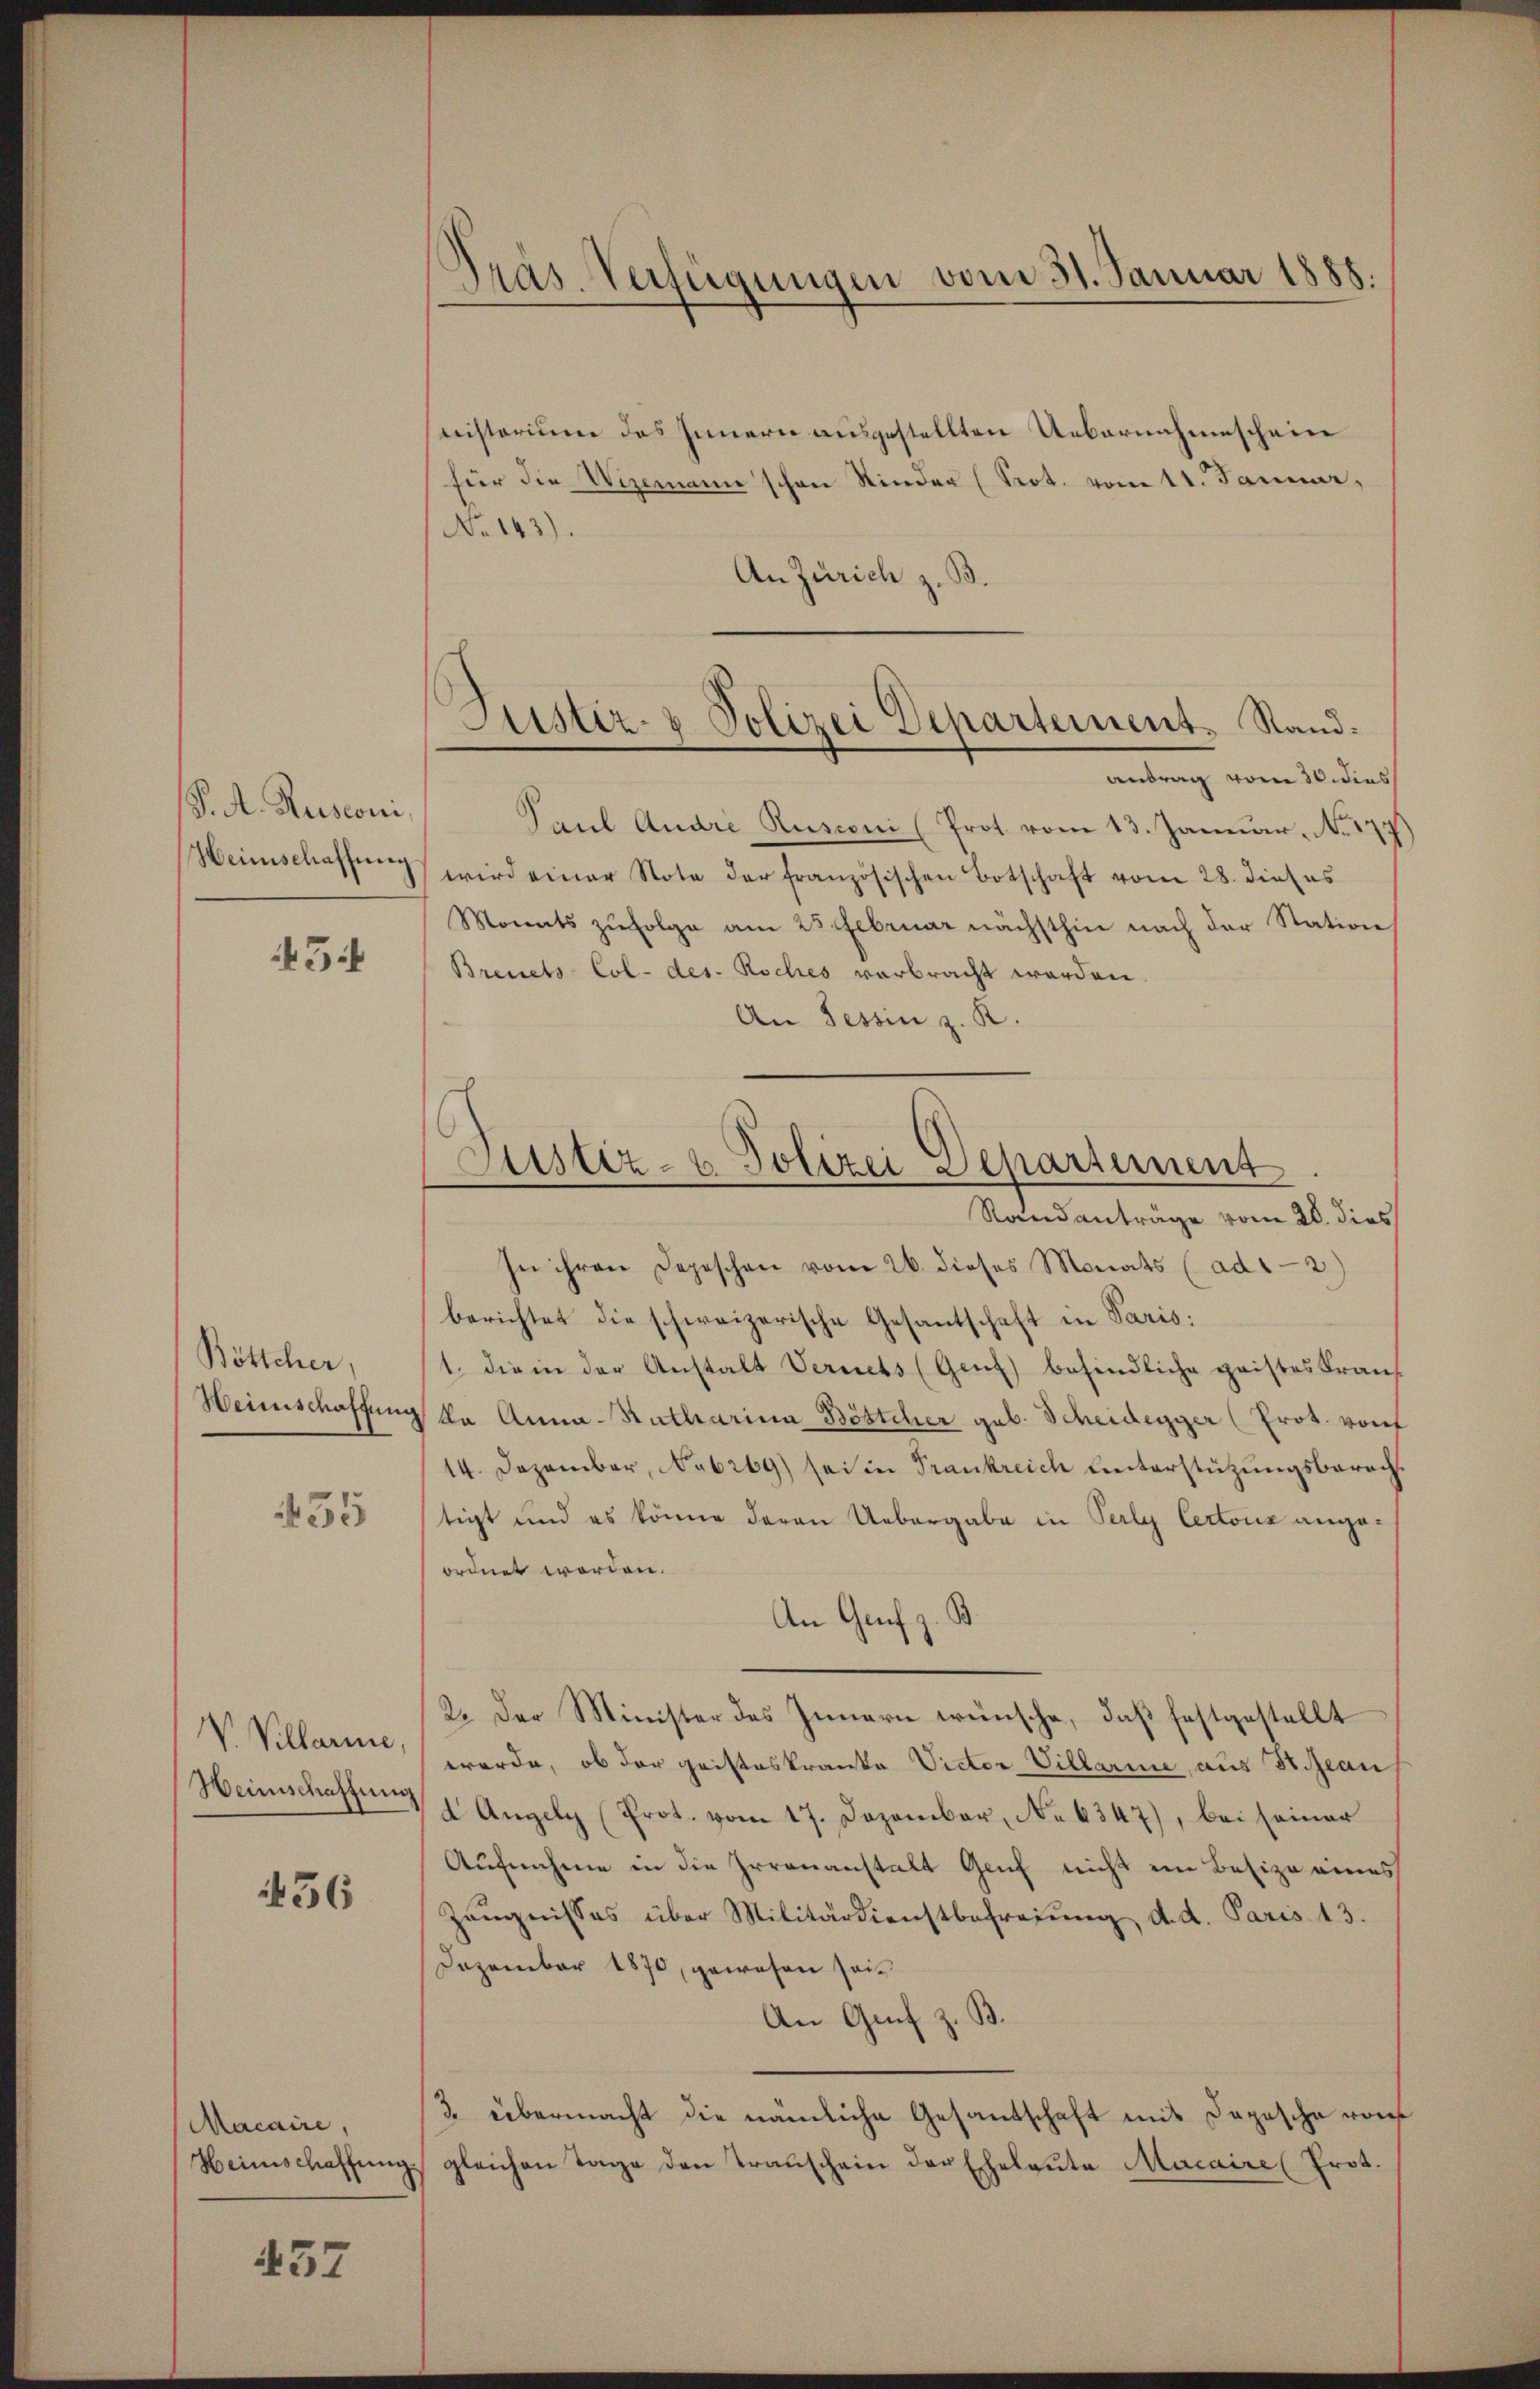
P. A. Ruscom
Heimschaffnen

45

Böttcher,
Weinschaffung
455

V. Villariie
Weinschaftung

436

Macaire,
Heimschaffung

437

Präs. Verfügungen vom 31. Januar 1888.

nisterium das Innern ausgestellten Uebernahmeschein
für die Wizemann schon Kinder (Prot. vom 11. Januar,
No 143).
An Zürich z. B.
antrag vom 30. dies
Paul Andre Rusconi (Prot vom 13. Januar. No. 177)
wird einer Note der französischen Botschaft vom 28. dieses
Monats zufolge am 25. Februar nächsthin nach der Station
Breuels Col- des Roches verbracht werden
An Tessin z. R.
In ihren Depeschen vom 26. dieses Monats (ad12)
berichtet die schweizerische Gesantschaft in Paris:
1. die in der Anstalt Vernets (Genf) befindliche geistes Frans
V ka Anna-Ratharina Böstcher geb. Scheidegger (Prot. von
14. Dezember, No 269) sei in Frankreich unterstützungsberach.
tigt und es könne daran Uebergabe in Perly Certorz angeordnet worden.
An Genf z. B.
2. Der Minister des Innern wünsche, daß festgestellt
werde, ob der Cristeskranke Victor Villarie aus St. Jean
d Angeln (Prot. vom 17. Dezember, No 6347), bei seiner
Aufnahme in die Irrenanstalt Genf nicht im Besize eines
Zeŭgnisses über Militärdienstbefreiung d. d. Paris 13.
Dezember 1870, gewesen sei¬
An Graf z. B.
3. übermacht die nämliche Gesandschaft mit Depesche von
gleichen Tage den Transchein der Eheleute Macaire (Prot.

Justiz- & Polizei Departement. Stand.

Sistiz- & Polizei Departement
Standanträge vom 20. dies